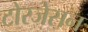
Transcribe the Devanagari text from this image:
टोरजेसन